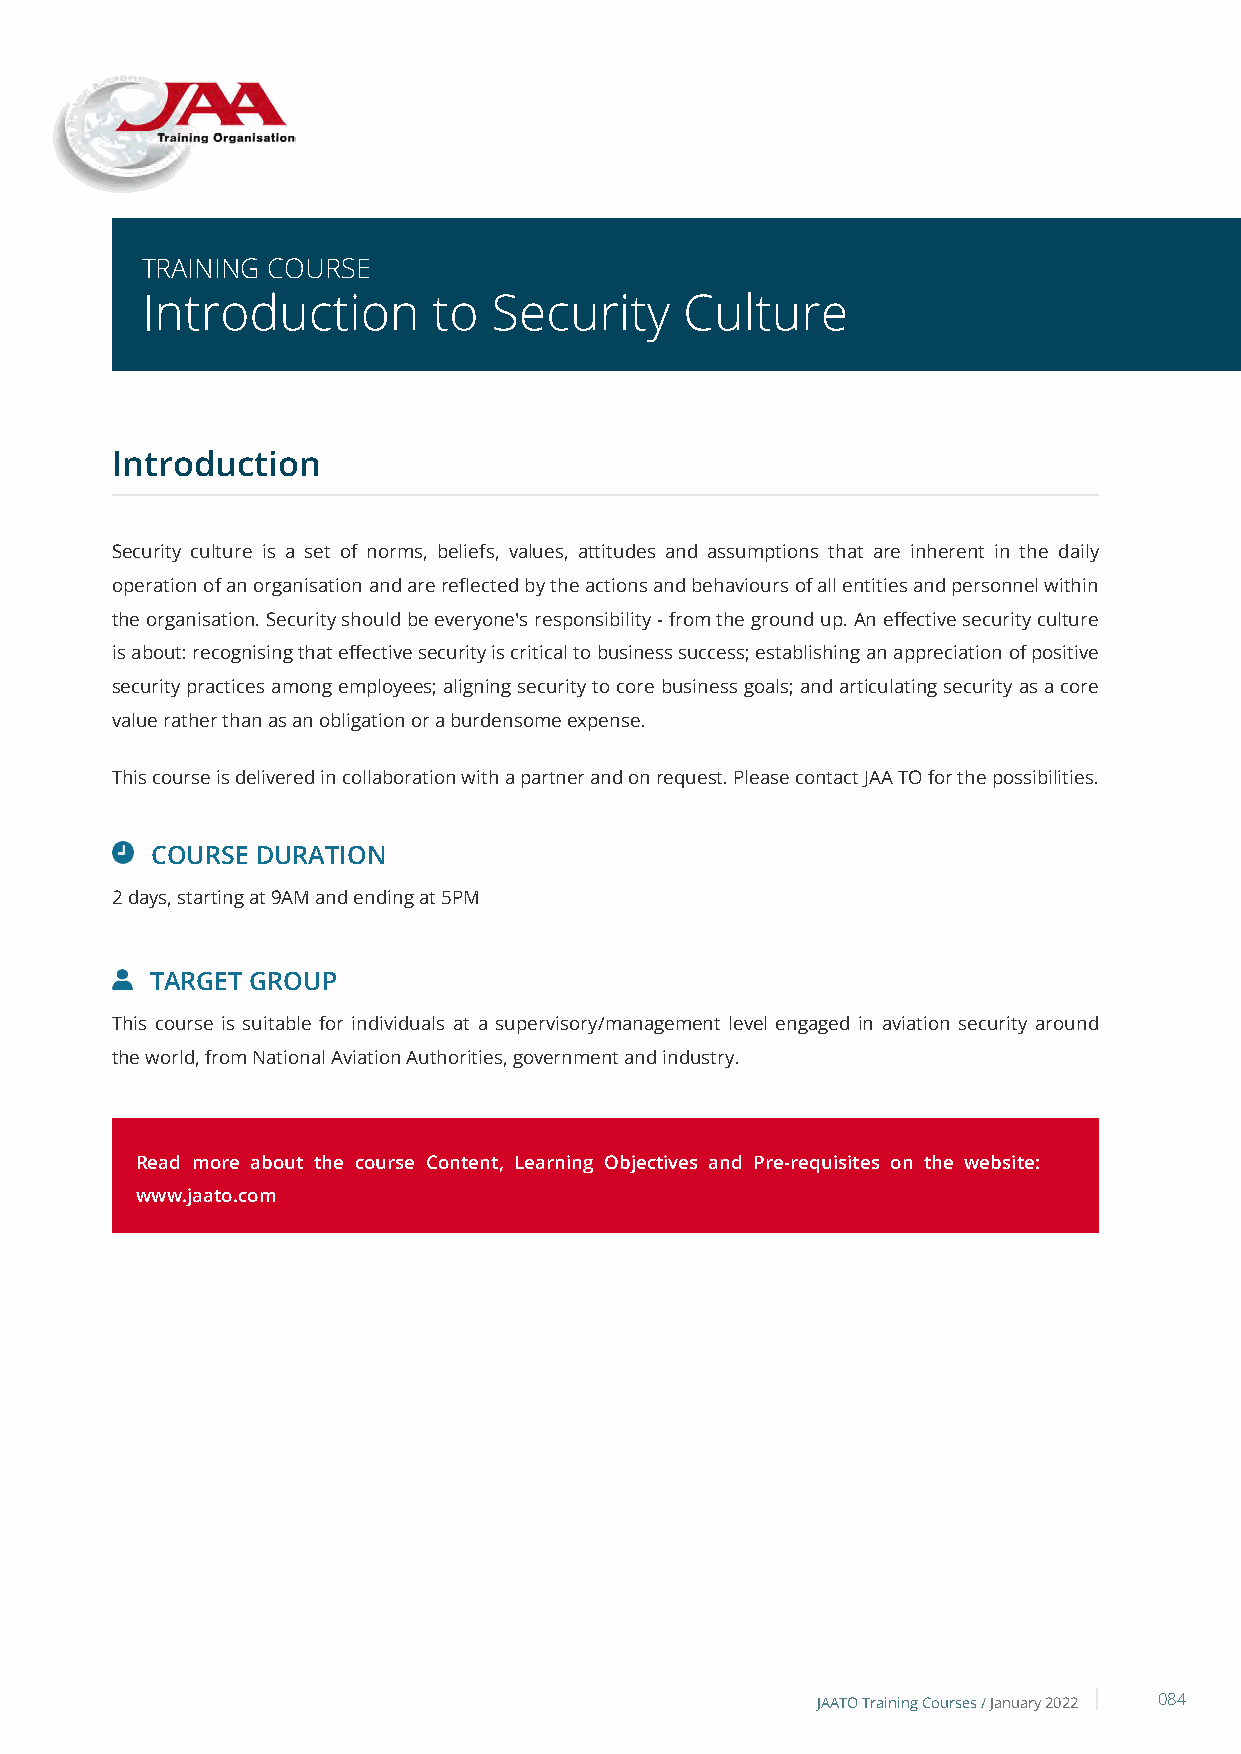
TRAINING COURSE
 Introduction        to  Security    Culture
 Introduction
 Security culture is a set of norms, beliefs, values, attitudes and assumptions that are inherent in the daily
 operation of an organisation and are reflected by the actions and behaviours of all entities and personnel within
 the organisation. Security should be everyone's responsibility - from the ground up. An effective security culture
 is about: recognising that effective security is critical to business success; establishing an appreciation of positive
 security practices among employees; aligning security to core business goals; and articulating security as a core
 value rather than as an obligation or a burdensome expense.
 This course is delivered in collaboration with a partner and on request. Please contact JAA TO for the possibilities.
 COURSE DURATION
 2 days, starting at 9AM and ending at 5PM
 TARGET GROUP
 This course is suitable for individuals at a supervisory/management level engaged in aviation security around
 the world, from National Aviation Authorities, government and industry.
 Read more about the course Content, Learning Objectives and Pre-requisites on the website:
 www.jaato.com
 JAATO Training Courses /January 2022 084